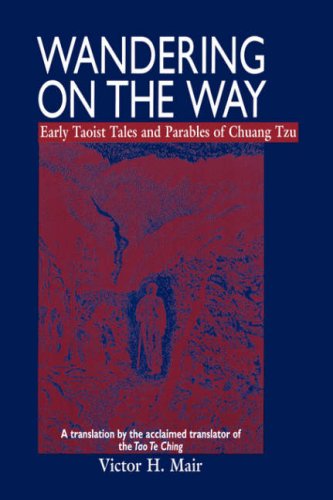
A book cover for Wandering on the Way: Early Taoist Tales and Parables of Chuang Tzu; Chuang Tzu; Religion & Spirituality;